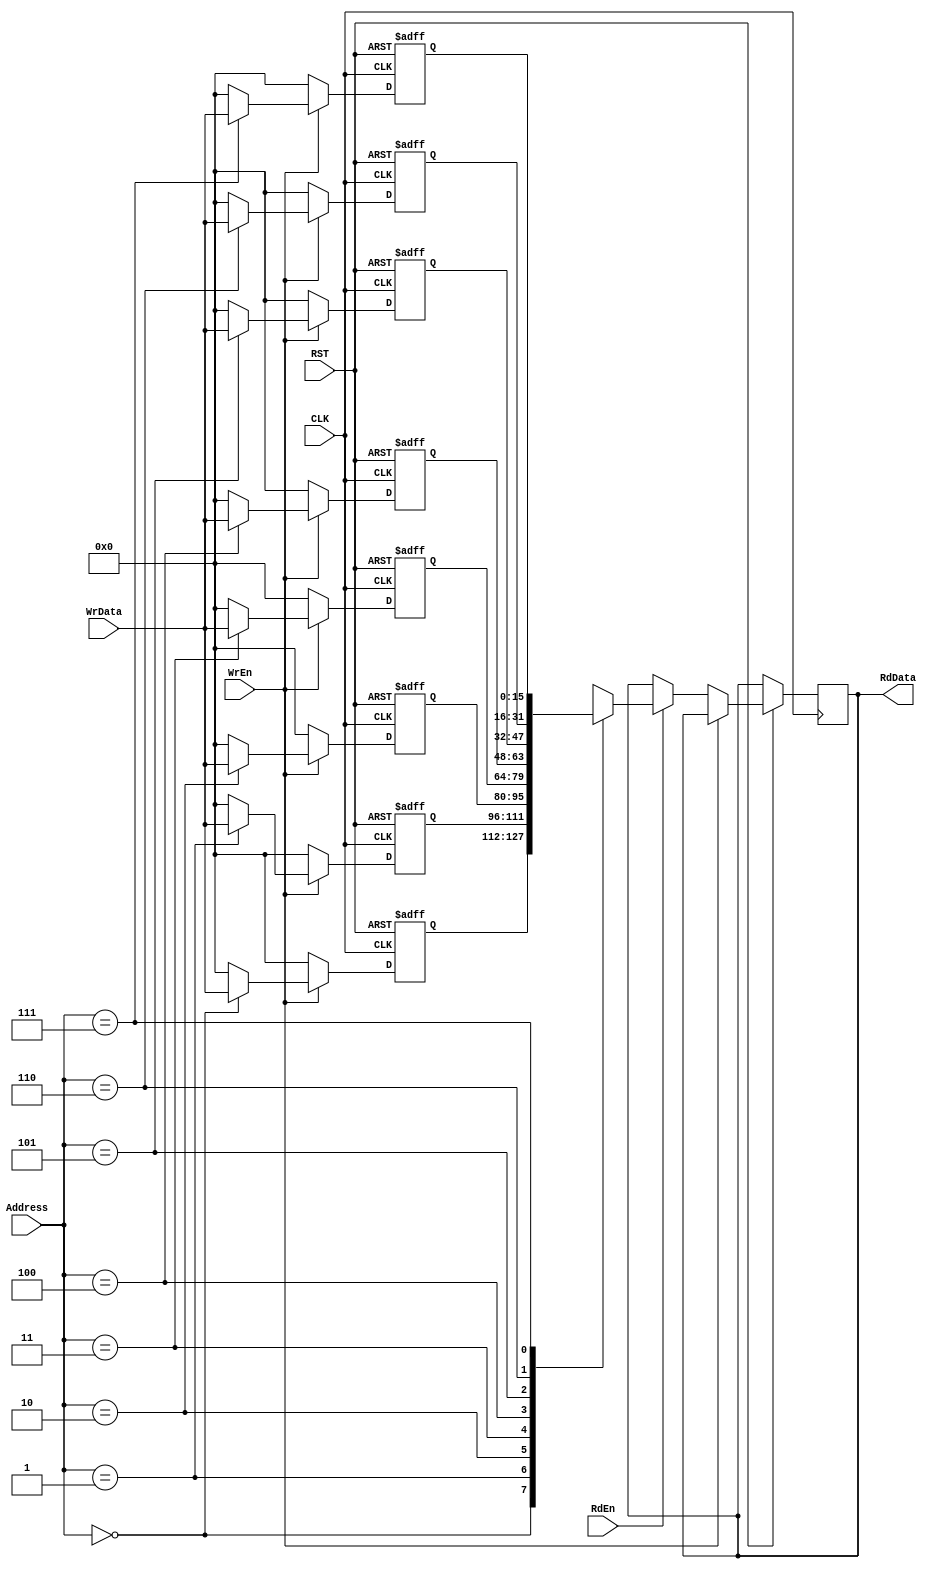
module RegFile(
    input wire [15:0]    WrData,
    input wire [2:0]  Address,
    input wire WrEn , RdEn,
    input wire CLK ,  RST,
    output reg [15:0]  RdData
);
reg [15:0] Reg_File [7:0] ;
always @(posedge CLK, negedge RST)
begin
    // to avoid latch
        Reg_File [0]  <= 'b0;
        Reg_File [1]  <= 'b0;
        Reg_File [2]  <= 'b0;
        Reg_File [3]  <= 'b0;
        Reg_File [4]  <= 'b0;
        Reg_File [5]  <= 'b0;
        Reg_File [6]  <= 'b0;
        Reg_File [7]  <= 'b0;
    if (!RST)
    begin
        Reg_File [0]  <= 'b0;
        Reg_File [1]  <= 'b0;
        Reg_File [2]  <= 'b0;
        Reg_File [3]  <= 'b0;
        Reg_File [4]  <= 'b0;
        Reg_File [5]  <= 'b0;
        Reg_File [6]  <= 'b0;
        Reg_File [7]  <= 'b0;
    end
    else if (WrEn)
    begin
        Reg_File [Address] <= WrData;
    end
    else if (RdEn)
    begin
        RdData <= Reg_File[Address];
    end    
end
endmodule